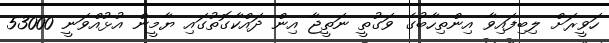
ހަވީރަށް ލިބިފައިވާ އިންތިހާބުގެ ވަގުތީ ނަތީޖާ އިން ދައްކާގޮތުގައި ޔާމީން އުޅުއްވަނީ 53000